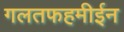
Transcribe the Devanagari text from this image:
गलतफहमीईन